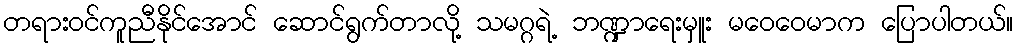
တရားဝင်ကူညီနိုင်အောင် ဆောင်ရွက်တာလို့ သမဂ္ဂရဲ့ ဘဏ္ဍာရေးမှူး မဝေဝေမာက ပြောပါတယ်။